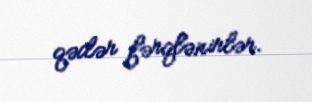
qədər fərqlənirlər.